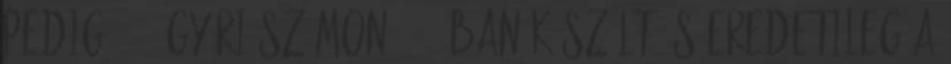
pedig 4030 gyári számon 1916-ban készült és eredetileg a